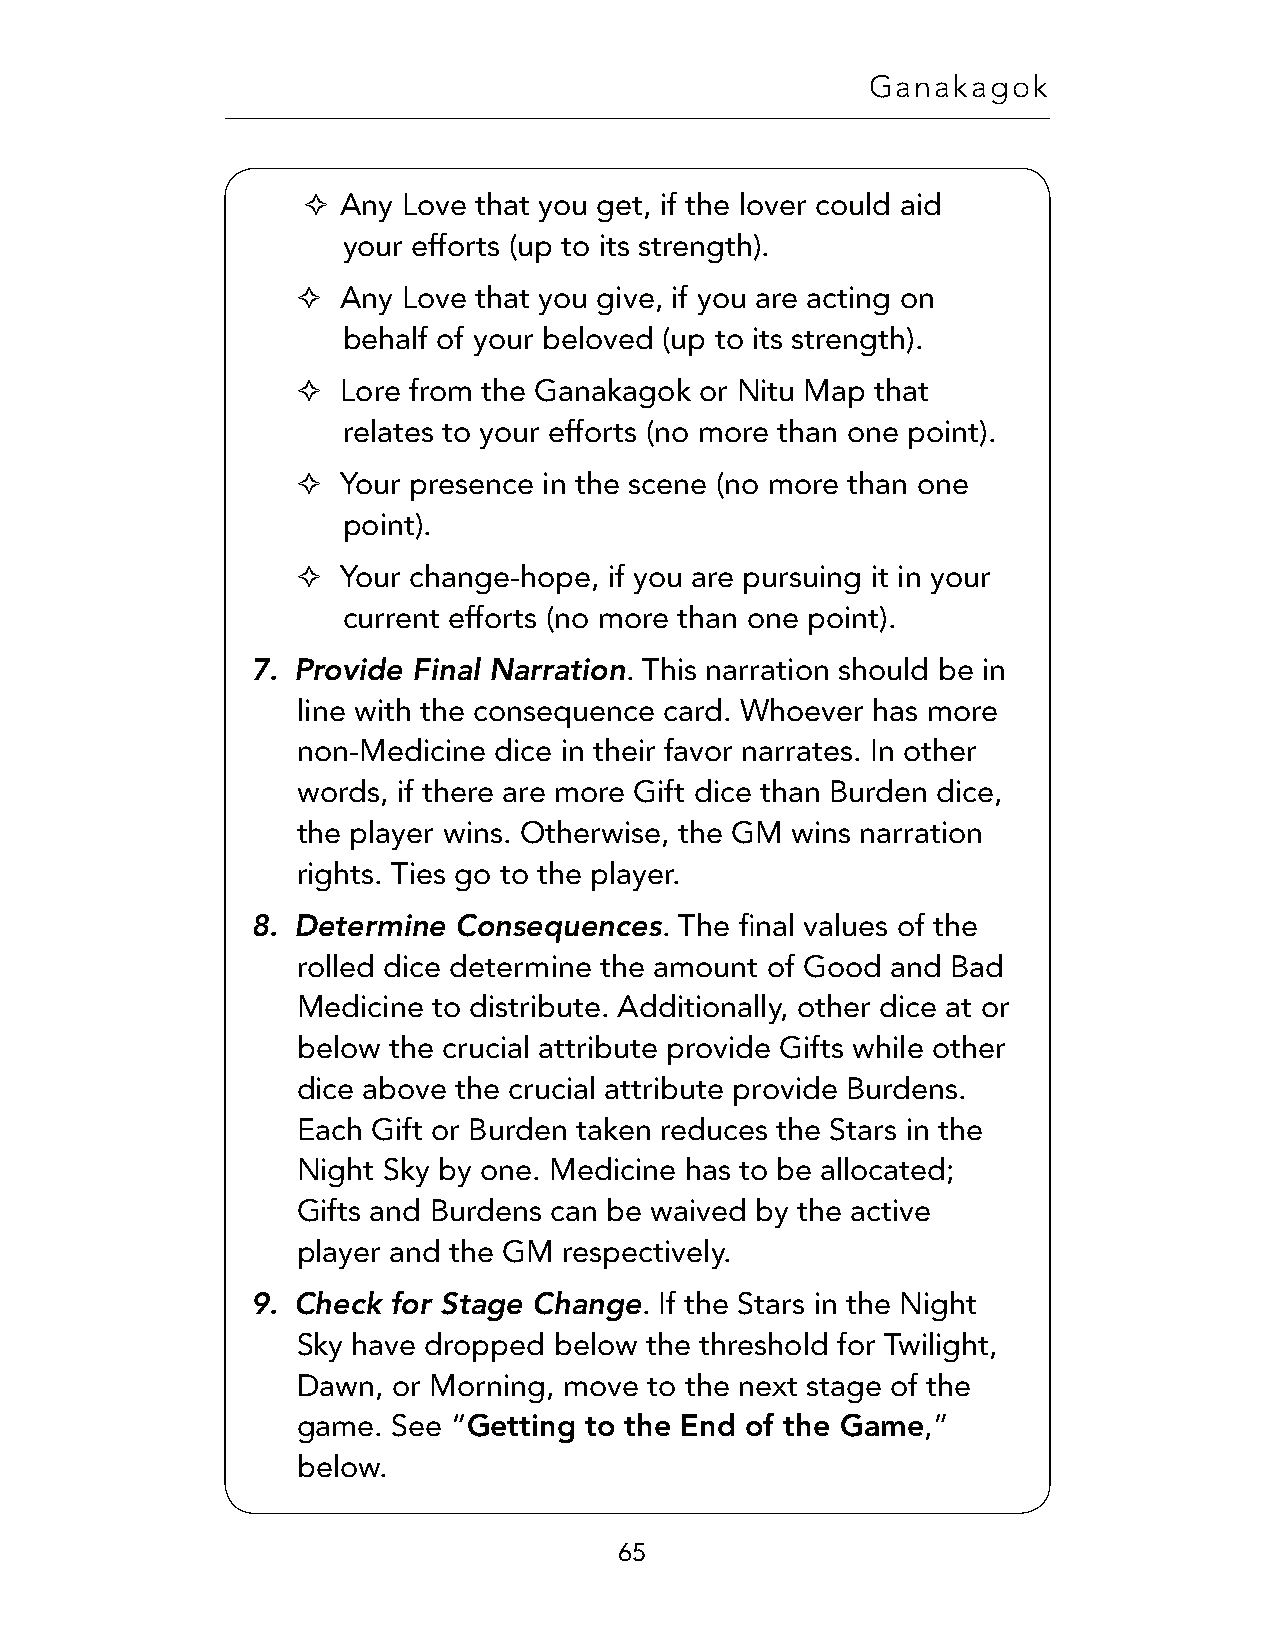
Ganakagok
 ✧  Any Love that you get, if the lover could aid
 your efforts (up to its strength).
 ✧  Any Love that you give, if you are acting on
 behalf of your beloved (up to its strength).
 ✧  Lore from the Ganakagok or Nitu Map that
 relates to your efforts (no more than one point).
 ✧  Your presence in the scene (no more than one
 point).
 ✧  Your change-hope, if you are pursuing it in your
 current efforts (no more than one point).
 7. Provide Final Narration
 . This narration should be in
 line with the consequence card. Whoever has more
 non-Medicine dice in their favor narrates. In other
 words, if there are more Gift dice than Burden dice,
 the player wins. Otherwise, the GM wins narration
 rights. Ties go to the player.
 8. Determine Consequences
 . The final values of the
 rolled dice determine the amount of Good and Bad
 Medicine to distribute. Additionally, other dice at or
 below the crucial attribute provide Gifts while other
 dice above the crucial attribute provide Burdens.
 Each Gift or Burden taken reduces the Stars in the
 Night Sky by one. Medicine has to be allocated;
 Gifts and Burdens can be waived by the active
 player and the GM respectively.
 9. Check for Stage Change
 . If the Stars in the Night
 Sky have dropped below the threshold for Twilight,
 Dawn, or Morning, move to the next stage of the
 game. See “Getting to the End of the Game,”
 below.
 65